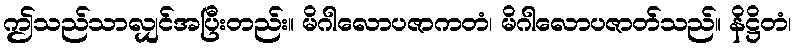
ဤသည်သာလျှင်အပြီးတည်း။ မိဂါလောပဇာကတံ၊ မိဂါလောပဇာတ်သည်။ နိဋ္ဌိတံ၊